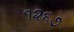
૧૨૬૭